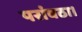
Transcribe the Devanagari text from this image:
परांवठा।